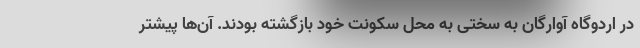
در اردوگاه آوارگان به سختی به محل سکونت خود بازگشته بودند. آن‌ها پیشتر